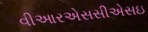
વીઆરએસસીએસઇ